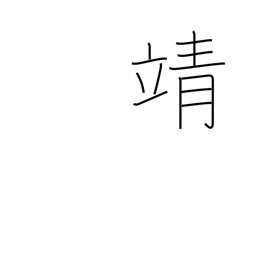
Meaning: peaceful